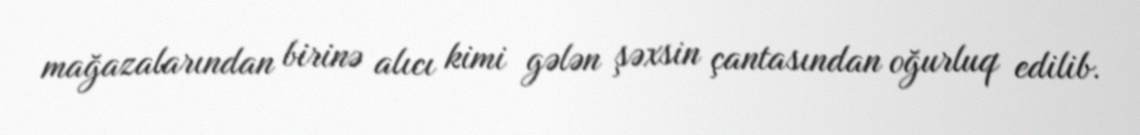
mağazalarından birinə alıcı kimi gələn şəxsin çantasından oğurluq edilib.